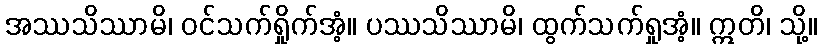
အဿသိဿာမိ၊ ဝင်သက်ရှိုက်အံ့။ ပဿသိဿာမိ၊ ထွက်သက်ရှုအံ့။ ဣတိ၊ သို့။